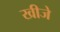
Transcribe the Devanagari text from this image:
खीजे